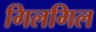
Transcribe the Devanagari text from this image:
गिलगिल